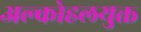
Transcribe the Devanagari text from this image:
अल्कोहलयुक्त